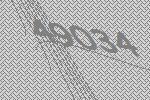
49034